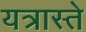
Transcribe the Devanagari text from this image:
यत्रास्ते